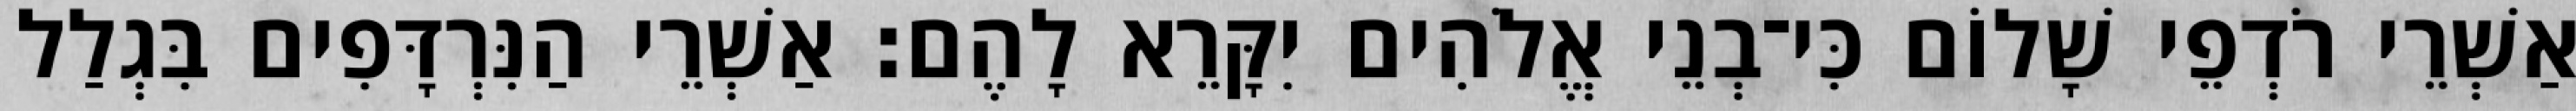
אַשְׁרֵי רֹדְפֵי שָׁלוֹם כִּי־בְנֵי אֱלֹהִים יִקָּרֵא לָהֶם׃ אַשְׁרֵי הַנִּרְדָּפִים בִּגְלַל